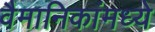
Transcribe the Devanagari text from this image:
वैमानिकांमध्ये